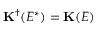
\mathbf { K } ^ { \dagger } ( E ^ { * } ) = \mathbf { K } ( E )